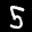
Label: 5